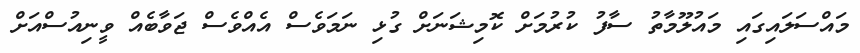
މައްސަލައިގައި މައުލޫމާތު ސާފު ކުރުމަށް ކޮމިޝަނަށް ގުޅި ނަމަވެސް އެއްވެސް ޖަވާބެއް ވީނިއުސްއަށް